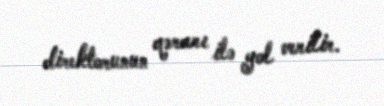
direktorunun qərarı ilə yol verilir.